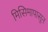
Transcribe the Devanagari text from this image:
मिसिमापासून